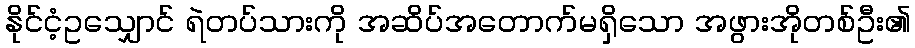
နိုင်ငံ့ဥသျှောင် ရဲတပ်သားကို အဆိပ်အတောက်မရှိသော အဖွားအိုတစ်ဦး၏